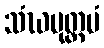
သံဃမုတ္တမံ